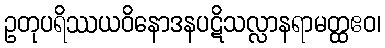
ဥတုပရိဿယဝိနောဒနပဋိသလ္လာနရာမတ္ထဧဝ၊